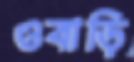
ওবাড়ি